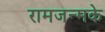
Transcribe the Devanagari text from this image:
रामजन्मके